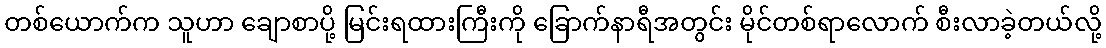
တစ်ယောက်က သူဟာ ချောစာပို့ မြင်းရထားကြီးကို ခြောက်နာရီအတွင်း မိုင်တစ်ရာလောက် စီးလာခဲ့တယ်လို့